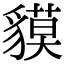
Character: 貘